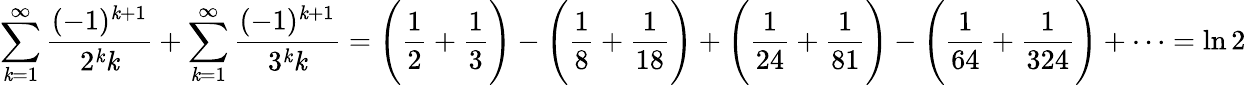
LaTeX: \sum_{\mathit{k}=1}^{\infty}{\frac{{(-1)^{\mathit{k}+1}}}{{2^{\mathit{k}}\mathit{k}}}}+\sum_{\mathit{k}=1}^{\infty}{\frac{{(-1)^{\mathit{k}+1}}}{{3^{\mathit{k}}\mathit{k}}}}={\Bigg(}{\frac{{1}}{{2}}}+{\frac{{1}}{{3}}}{\Bigg)}-{\Bigg(}{\frac{{1}}{{8}}}+{\frac{{1}}{{18}}}{\Bigg)}+{\Bigg(}{\frac{{1}}{{24}}}+{\frac{{1}}{{81}}}{\Bigg)}-{\Bigg(}{\frac{{1}}{{64}}}+{\frac{{1}}{{324}}}{\Bigg)}+\cdots=\ln2